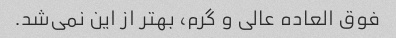
فوق العاده عالی و گرم، بهتر از این نمی‌شد.